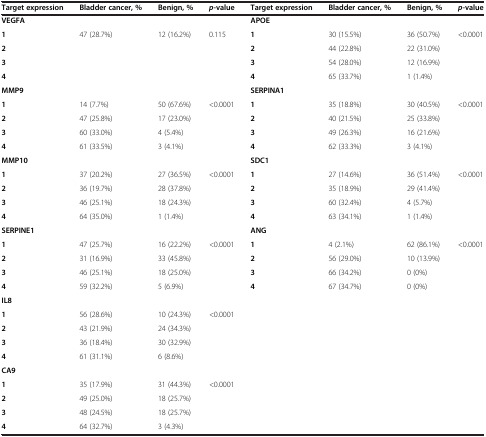
<table><thead><tr><td><b>Target expression</b></td><td><b>Bladder cancer, %</b></td><td><b>Benign, %</b></td><td><b><i>p</i>-value</b></td><td><b>Target expression</b></td><td><b>Bladder cancer, %</b></td><td><b>Benign, %</b></td><td><b><i>p</i>-value</b></td></tr></thead><tbody><tr><td><b>VEGFA</b></td><td></td><td></td><td></td><td><b>APOE</b></td><td></td><td></td><td></td></tr><tr><td><b>1</b></td><td>47 (28.7%)</td><td>12 (16.2%)</td><td>0.115</td><td><b>1</b></td><td>30 (15.5%)</td><td>36 (50.7%)</td><td>&lt;0.0001</td></tr><tr><td><b>2</b></td><td></td><td></td><td></td><td><b>2</b></td><td>44 (22.8%)</td><td>22 (31.0%)</td><td></td></tr><tr><td><b>3</b></td><td></td><td></td><td></td><td><b>3</b></td><td>54 (28.0%)</td><td>12 (16.9%)</td><td></td></tr><tr><td><b>4</b></td><td></td><td></td><td></td><td><b>4</b></td><td>65 (33.7%)</td><td>1 (1.4%)</td><td></td></tr><tr><td><b>MMP9</b></td><td></td><td></td><td></td><td><b>SERPINA1</b></td><td></td><td></td><td></td></tr><tr><td><b>1</b></td><td>14 (7.7%)</td><td>50 (67.6%)</td><td>&lt;0.0001</td><td><b>1</b></td><td>35 (18.8%)</td><td>30 (40.5%)</td><td>&lt;0.0001</td></tr><tr><td><b>2</b></td><td>47 (25.8%)</td><td>17 (23.0%)</td><td></td><td><b>2</b></td><td>40 (21.5%)</td><td>25 (33.8%)</td><td></td></tr><tr><td><b>3</b></td><td>60 (33.0%)</td><td>4 (5.4%)</td><td></td><td><b>3</b></td><td>49 (26.3%)</td><td>16 (21.6%)</td><td></td></tr><tr><td><b>4</b></td><td>61 (33.5%)</td><td>3 (4.1%)</td><td></td><td><b>4</b></td><td>62 (33.3%)</td><td>3 (4.1%)</td><td></td></tr><tr><td><b>MMP10</b></td><td></td><td></td><td></td><td><b>SDC1</b></td><td></td><td></td><td></td></tr><tr><td><b>1</b></td><td>37 (20.2%)</td><td>27 (36.5%)</td><td>&lt;0.0001</td><td><b>1</b></td><td>27 (14.6%)</td><td>36 (51.4%)</td><td>&lt;0.0001</td></tr><tr><td><b>2</b></td><td>36 (19.7%)</td><td>28 (37.8%)</td><td></td><td><b>2</b></td><td>35 (18.9%)</td><td>29 (41.4%)</td><td></td></tr><tr><td><b>3</b></td><td>46 (25.1%)</td><td>18 (24.3%)</td><td></td><td><b>3</b></td><td>60 (32.4%)</td><td>4 (5.7%)</td><td></td></tr><tr><td><b>4</b></td><td>64 (35.0%)</td><td>1 (1.4%)</td><td></td><td><b>4</b></td><td>63 (34.1%)</td><td>1 (1.4%)</td><td></td></tr><tr><td><b>SERPINE1</b></td><td></td><td></td><td></td><td><b>ANG</b></td><td></td><td></td><td></td></tr><tr><td><b>1</b></td><td>47 (25.7%)</td><td>16 (22.2%)</td><td>&lt;0.0001</td><td><b>1</b></td><td>4 (2.1%)</td><td>62 (86.1%)</td><td>&lt;0.0001</td></tr><tr><td><b>2</b></td><td>31 (16.9%)</td><td>33 (45.8%)</td><td></td><td><b>2</b></td><td>56 (29.0%)</td><td>10 (13.9%)</td><td></td></tr><tr><td><b>3</b></td><td>46 (25.1%)</td><td>18 (25.0%)</td><td></td><td><b>3</b></td><td>66 (34.2%)</td><td>0 (0%)</td><td></td></tr><tr><td><b>4</b></td><td>59 (32.2%)</td><td>5 (6.9%)</td><td></td><td><b>4</b></td><td>67 (34.7%)</td><td>0 (0%)</td><td></td></tr><tr><td><b>IL8</b></td><td></td><td></td><td></td><td></td><td></td><td></td><td></td></tr><tr><td><b>1</b></td><td>56 (28.6%)</td><td>10 (24.3%)</td><td>&lt;0.0001</td><td></td><td></td><td></td><td></td></tr><tr><td><b>2</b></td><td>43 (21.9%)</td><td>24 (34.3%)</td><td></td><td></td><td></td><td></td><td></td></tr><tr><td><b>3</b></td><td>36 (18.4%)</td><td>30 (32.9%)</td><td></td><td></td><td></td><td></td><td></td></tr><tr><td><b>4</b></td><td>61 (31.1%)</td><td>6 (8.6%)</td><td></td><td></td><td></td><td></td><td></td></tr><tr><td><b>CA9</b></td><td></td><td></td><td></td><td></td><td></td><td></td><td></td></tr><tr><td><b>1</b></td><td>35 (17.9%)</td><td>31 (44.3%)</td><td>&lt;0.0001</td><td></td><td></td><td></td><td></td></tr><tr><td><b>2</b></td><td>49 (25.0%)</td><td>18 (25.7%)</td><td></td><td></td><td></td><td></td><td></td></tr><tr><td><b>3</b></td><td>48 (24.5%)</td><td>18 (25.7%)</td><td></td><td></td><td></td><td></td><td></td></tr><tr><td><b>4</b></td><td>64 (32.7%)</td><td>3 (4.3%)</td><td></td><td></td><td></td><td></td><td></td></tr></tbody></table>